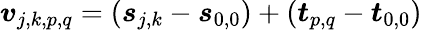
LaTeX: \boldsymbol{v}_{j,k,p,q}=(\boldsymbol{s}_{j,k}-\boldsymbol{s}_{0,0})+(\boldsymbol{t}_{p,q}-\boldsymbol{t}_{0,0})